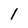
Character: I